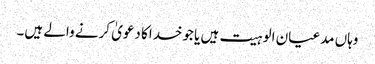
وہاں مدعیان الوہیت ہیں یا جوخداکا دعویٰ کرنے والے ہیں۔